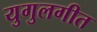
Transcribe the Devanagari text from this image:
युगुलगीत